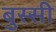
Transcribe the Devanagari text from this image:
बुस्सी